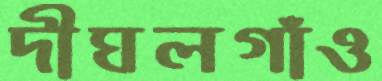
দীঘলগাঁও